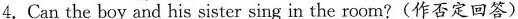
4.Can the boy and his sister sing in the room?(作否定回答)